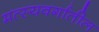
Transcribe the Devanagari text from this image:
मत्स्यवर्गातील